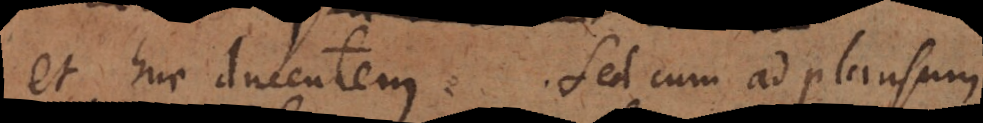
et huc ducentem. Sed cum ad plausum